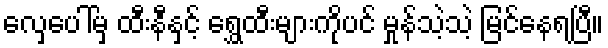
လှေပေါ်မှ ထီးနီနှင့် ရွှေထီးများကိုပင် မှုန်သဲ့သဲ့ မြင်နေရပြီ။